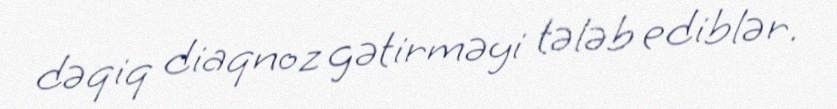
dəqiq diaqnoz gətirməyi tələb ediblər.